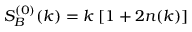
S _ { B } ^ { ( 0 ) } ( k ) = k \; [ 1 + 2 n ( k ) ]